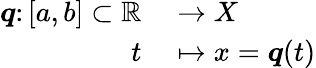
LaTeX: \begin{array}{rl}{{\boldsymbol{q}}\colon[a,b]\subset\mathbb{R}}&{{}\to X}\\ {t}&{{}\mapsto x={\boldsymbol{q}}(t)}\end{array}